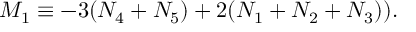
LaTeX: M _ { 1 } \equiv - 3 ( N _ { 4 } + N _ { 5 } ) + 2 ( N _ { 1 } + N _ { 2 } + N _ { 3 } ) ) .